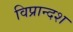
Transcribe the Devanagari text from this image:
विप्रान्दश